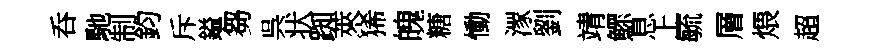
呑馳制鈞斥鎰芻呉状踟萊狶魄糖慟潈劉靖鰥息上毓層煨超